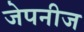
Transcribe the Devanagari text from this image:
जेपनीज